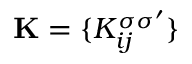
{ \bf K } = \{ K _ { i j } ^ { \sigma \sigma ^ { \prime } } \}